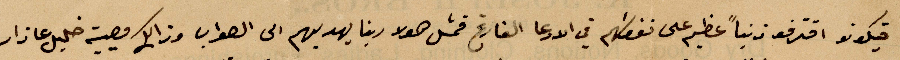
فيكونو اقترفو ذنبًا عظيم على نفقتهم في الادعا الفارغ قمل هولا ربنا يهديهم الى الصواب وذلك كصيبة خليل عازار